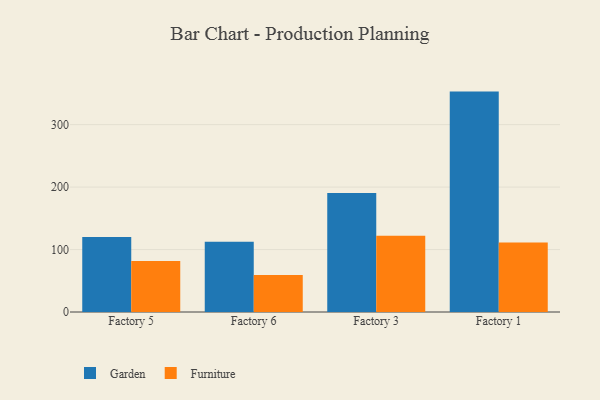
{"axis": {"x": "Factory", "y": "Temperature (°C)"}, "legend": ["Furniture", "Garden"], "data": [{"x": "Factory 5", "y": 119.9, "type": "Garden"}, {"x": "Factory 5", "y": 81.8, "type": "Furniture"}, {"x": "Factory 6", "y": 112.6, "type": "Garden"}, {"x": "Factory 6", "y": 59.1, "type": "Furniture"}, {"x": "Factory 3", "y": 190.5, "type": "Garden"}, {"x": "Factory 3", "y": 122.0, "type": "Furniture"}, {"x": "Factory 1", "y": 352.9, "type": "Garden"}, {"x": "Factory 1", "y": 111.2, "type": "Furniture"}]}